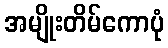
အမျိုးတိမ်ကောပုံ